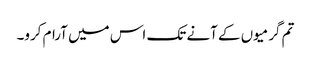
تم گرمیوں کے آنے تک اس میں آرام کرو۔